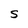
Character: S